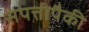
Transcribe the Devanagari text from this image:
संपत्तीपैकी